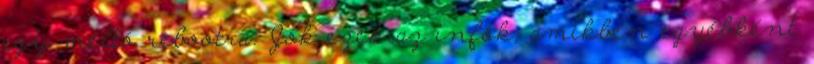
egy méltó rebootra. Jók ezek az infók, amikben egyébként